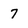
Character: 7